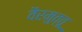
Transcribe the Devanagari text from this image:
वैरमुत्तू